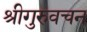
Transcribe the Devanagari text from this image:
श्रीगुरुवचन